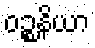
ဝဉ္စနိယာ